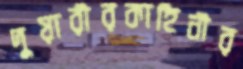
দুয়ারীরকাহিনীর